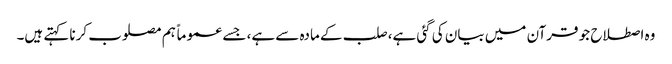
وہ اصطلاح جو قرآن میں بیان کی گئی ہے، صلب کے مادہ سے ہے، جسے عموماً ہم مصلوب کرنا کہتے ہیں۔